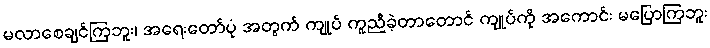
မလာစေချင်ကြဘူး၊ အရေးတော်ပုံ အတွက် ကျုပ် ကူညီခဲ့တာတောင် ကျုပ်ကို အကောင်း မပြောကြဘူး